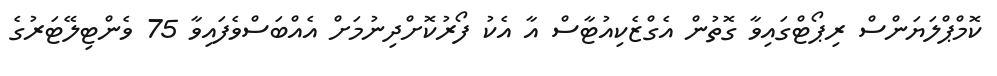
ކޮމްޕްލަޔަންސް ރިޕޯޓްގައިވާ ގޮތުން އެގްޒެކިއުޓާސް އާ އެކު ފޯރުކޮށްދިނުމަށް އެއްބަސްވެފައިވާ 75 ވެންޓިލޭޓަރުގެ